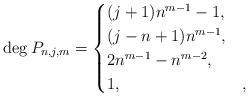
LaTeX: \begin{align*}\deg P_{n,j,m}=\begin{cases}(j+1)n^{m-1}-1, & \\(j-n+1)n^{m-1}, & \\2n^{m-1}-n^{m-2}, & \\1, &,\end{cases}\end{align*}